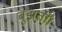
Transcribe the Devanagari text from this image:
बुझती।